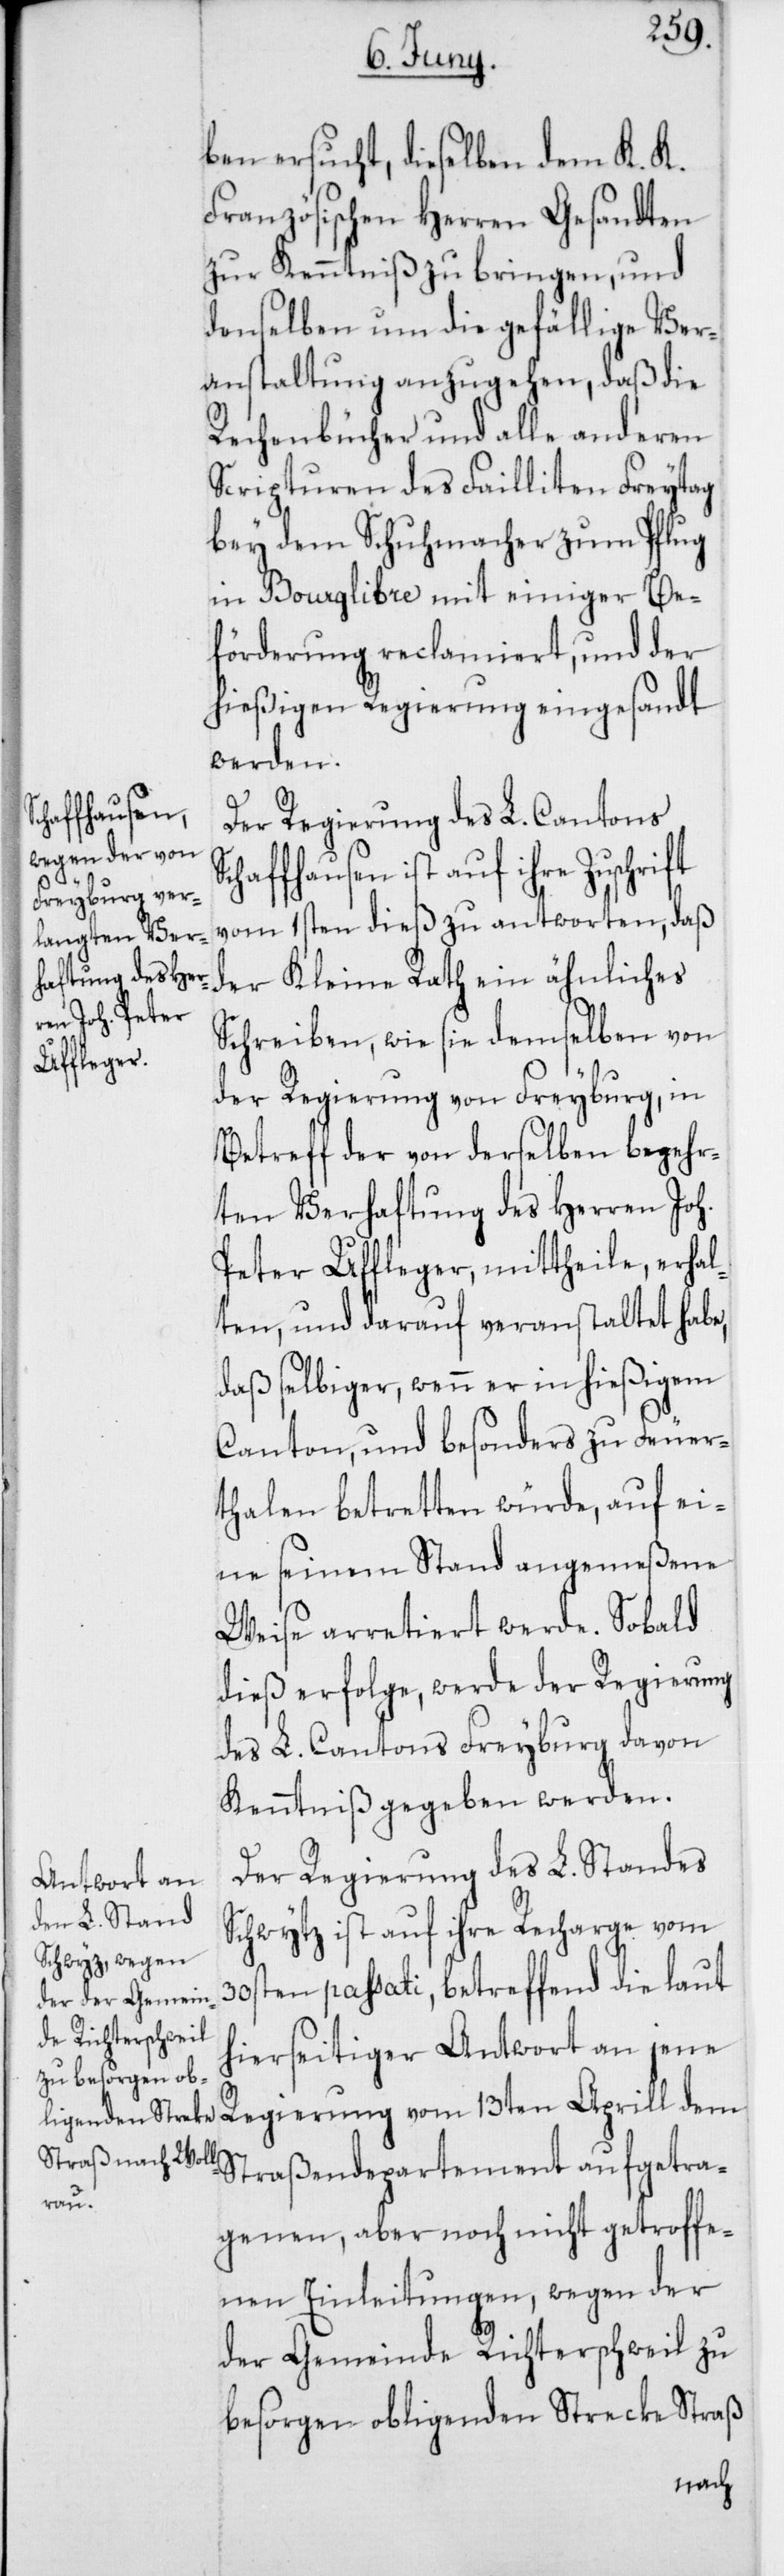
ben ersucht, dieselben dem K. K.
Französischen Herren Gesandten
zur Kenntniß zu bringen, und
denselben um die gefällige Ver¬
anstaltung anzugehen, daß die
Rechenbücher und alle anderen
Scripturen des Failliten Freytag
bey dem Schuhmacher zum Pflug
in Bourglibre mit einiger Be¬
förderung reclamiert, und der
hießigen Regierung eingesandt
werden.
Der Regierung des L. Cantons
chaffhausen ist auf ihre Zuschrift
vom 1sten dieß zu antworten, daß
der Kleine Rath ein ähnliches
Schreiben, wie sie demselben von
der Regierung von Freyburg, in
Betreff der von derselben begehr¬
ten Verhaftung des Herren Joh.
Peter Uffleger mittheile, erhal¬
ten, und darauf veranstaltet habe,
daß selbiger, wenn er in hießigem
Canton und besonders zu Feuer¬
thalen betretten würde, auf ei¬
ne seinem Stand angemeßene
Weise arretiert werde. Sobald
dieß erfolge, werde der Regierung
des L. Cantons Freyburg davon
Kenntniß gegeben werden.
Der Regierung des L. Standes
Schwytz ist auf ihre Recharge vom
30sten passati, betreffend die laut
hierseitiger Antwort an jene
getra¬
genen, aber noch nicht getroffe¬
nen Einleitungen, wegen der
der Gemeinde Richterschweil zu
besorgen obligenden Strecke Straß